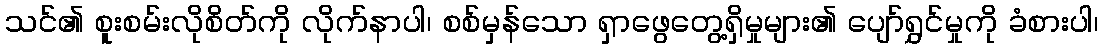
သင်၏ စူးစမ်းလိုစိတ်ကို လိုက်နာပါ၊ စစ်မှန်သော ရှာဖွေတွေ့ရှိမှုများ၏ ပျော်ရွှင်မှုကို ခံစားပါ၊